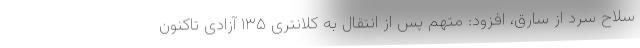
سلاح سرد از سارق، افزود: متهم پس از انتقال به کلانتری ۱۳۵ آزادی تاکنون